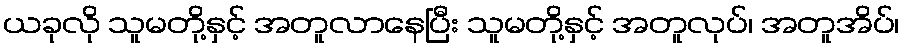
ယခုလို သူမတို့နှင့် အတူလာနေပြီး သူမတို့နှင့် အတူလုပ်၊ အတူအိပ်၊